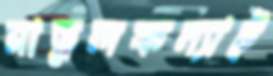
মাতুলকন্যাট্